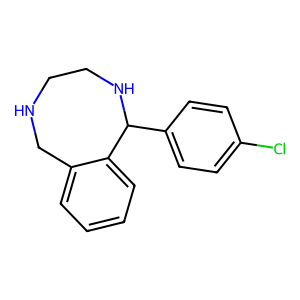
SMILES: Clc1ccc(C2NCCNCc3ccccc32)cc1
Inhibits HIV replication: No